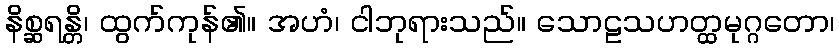
နိစ္ဆရန္တိ၊ ထွက်ကုန်၏။ အဟံ၊ ငါဘုရားသည်။ သောဠသဟတ္ထမုဂ္ဂတော၊